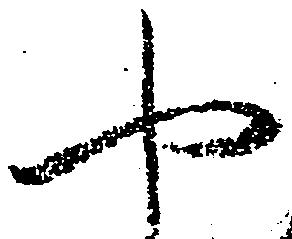
や